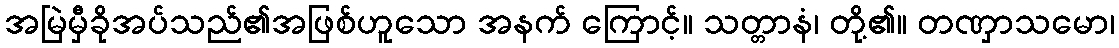
အမြဲမှီခိုအပ်သည်၏အဖြစ်ဟူသော အနက် ကြောင့်။ သတ္တာနံ၊ တို့၏။ တဏှာသမော၊